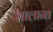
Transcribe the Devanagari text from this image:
शालान्‍त